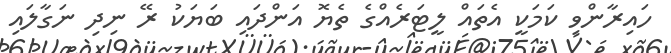
ހައިރާންވި ކަމަކީ އެތައް ލީޓަރެއްގެ ތެޔޮ އަންދައި ބަޔަކު ރޭ ނިދި ނަގާލައި